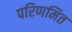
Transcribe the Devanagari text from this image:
परिणमित